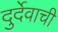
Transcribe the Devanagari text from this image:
दुर्देवाची